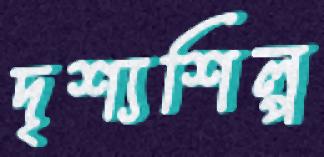
দৃশ্যশিল্প